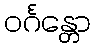
ဝင်္ဂန္တော